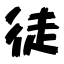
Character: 徒